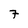
Character: 7